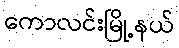
ကောလင်းမြို့နယ်